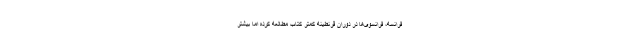
فرانسه، فرانسوی‌ها در دوران قرنطینه کمتر کتاب مطالعه‌ کرده‌ اما بیشتر